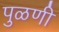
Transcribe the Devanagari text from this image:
पुळणी